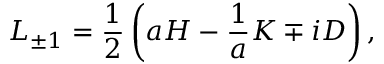
L _ { \pm 1 } = { \frac { 1 } { 2 } } \left( a { \cal H } - { \frac { 1 } { a } } { \cal K } \mp i { \cal D } \right) ,